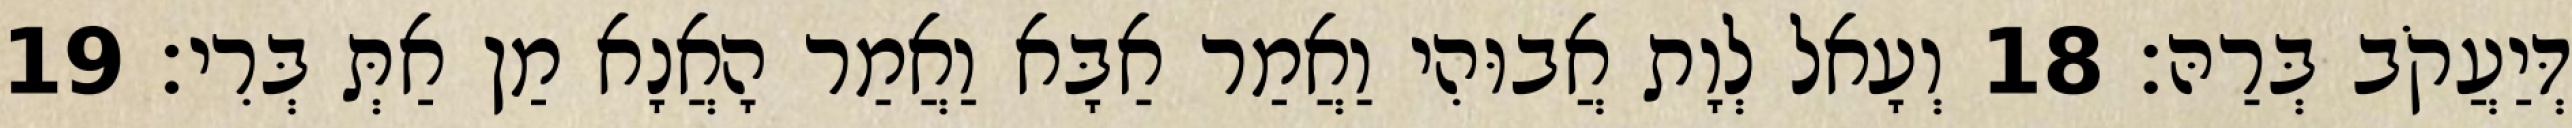
דְּיַעֲקֹב בְּרַהּ׃ 18 וְעָאל לְוָת אֲבוּהִי וַאֲמַר אַבָּא וַאֲמַר הָאֲנָא מַן אַתְּ בְּרִי׃ 19